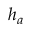
h _ { a }